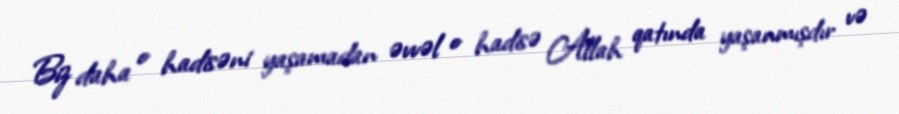
Biz daha o hadisəni yaşamadan əvvəl o hadisə Allah qatında yaşanmışdır və